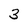
Character: 3